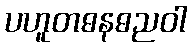
ပဟူတဓနဓညဝါ